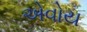
એવોય